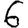
Digit: 6